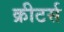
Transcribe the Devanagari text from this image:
क्रीटर्स